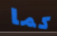
كما